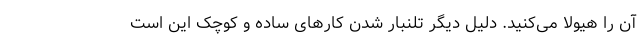
آن را هیولا می‌کنید. دلیل دیگر تلنبار شدن کارهای ساده و کوچک این است